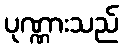
ပုဏ္ဏားသည်